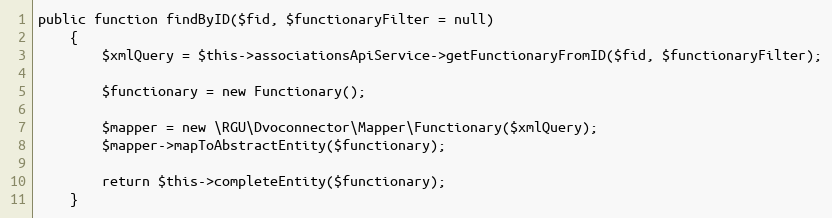
Language: PHP
public function findByID($fid, $functionaryFilter = null)
    {
        $xmlQuery = $this->associationsApiService->getFunctionaryFromID($fid, $functionaryFilter);

        $functionary = new Functionary();

        $mapper = new \RGU\Dvoconnector\Mapper\Functionary($xmlQuery);
        $mapper->mapToAbstractEntity($functionary);

        return $this->completeEntity($functionary);
    }